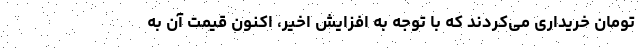
تومان خریداری می‌کردند که با توجه به افزایش اخیر، اکنون قیمت آن به